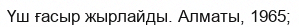
Үш ғасыр жырлайды. Алматы, 1965;